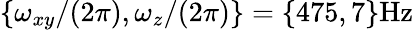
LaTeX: \{ \omega_{xy}/(2\pi),\omega_{z}/(2\pi)\} =\{ 475,7\} \mathrm{Hz}